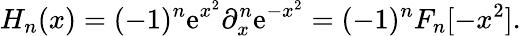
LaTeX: H_{n}(x)=(-1)^{n}\mathrm{e}^{x^{2}}\partial_{x}^{n}\mathrm{e}^{-x^{2}}=(-1)^{n}F_{n}[-x^{2}].